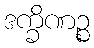
ဒက္ခိဏဉ္စ